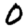
Digit: 0